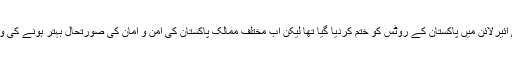
وفاقی وزیر برائے ہوابازی نے مزید کہ سیکیورٹی مسائل کی وجہ سے غیرملکی ائیرلائن میں پاکستان کے روٹس کو ختم کردیا گیا تھا لیکن اب مختلف ممالک پاکستان کی امن و امان کی صورتحال بہتر ہونے کی وجہ سے فلائٹ آپریشن کیلئے دلچسپی لے رہے ہیں جن میں سرفہرست فرانس ہے۔